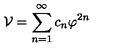
{ \cal V } = \sum _ { n = 1 } ^ { \infty } c _ { n } \varphi ^ { 2 n }